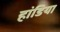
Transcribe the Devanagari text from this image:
हांडिया